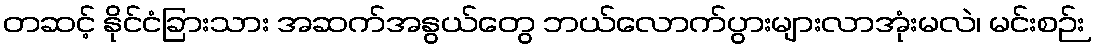
တဆင့် နိုင်ငံခြားသား အဆက်အနွယ်တွေ ဘယ်လောက်ပွားများလာအုံးမလဲ၊ မင်းစဉ်း